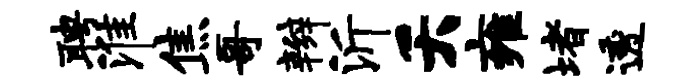
聘淮焦哥辫沂夭雍堵透